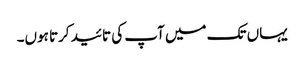
یہاں تک میں آپ کی تائید کرتا ہوں۔